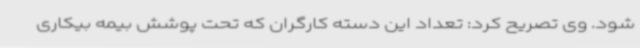
شود. وی تصریح کرد: تعداد این دسته کارگران که تحت پوشش بیمه بیکاری